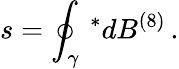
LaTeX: s=\oint_{\gamma}\, ^{*}dB^{(8)}\, .